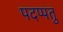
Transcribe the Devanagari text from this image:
पदप्पतु